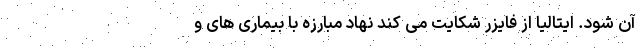
آن شود. ایتالیا از فایزر شکایت می کند نهاد مبارزه با بیماری های و